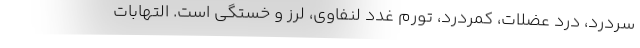
سردرد، درد عضلات، کمردرد، تورم غدد لنفاوی، لرز و خستگی است. التهابات